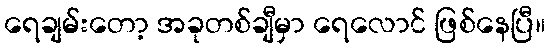
ရေချမ်းတော့ အခုတစ်ချီမှာ ရေလောင် ဖြစ်နေပြီ။